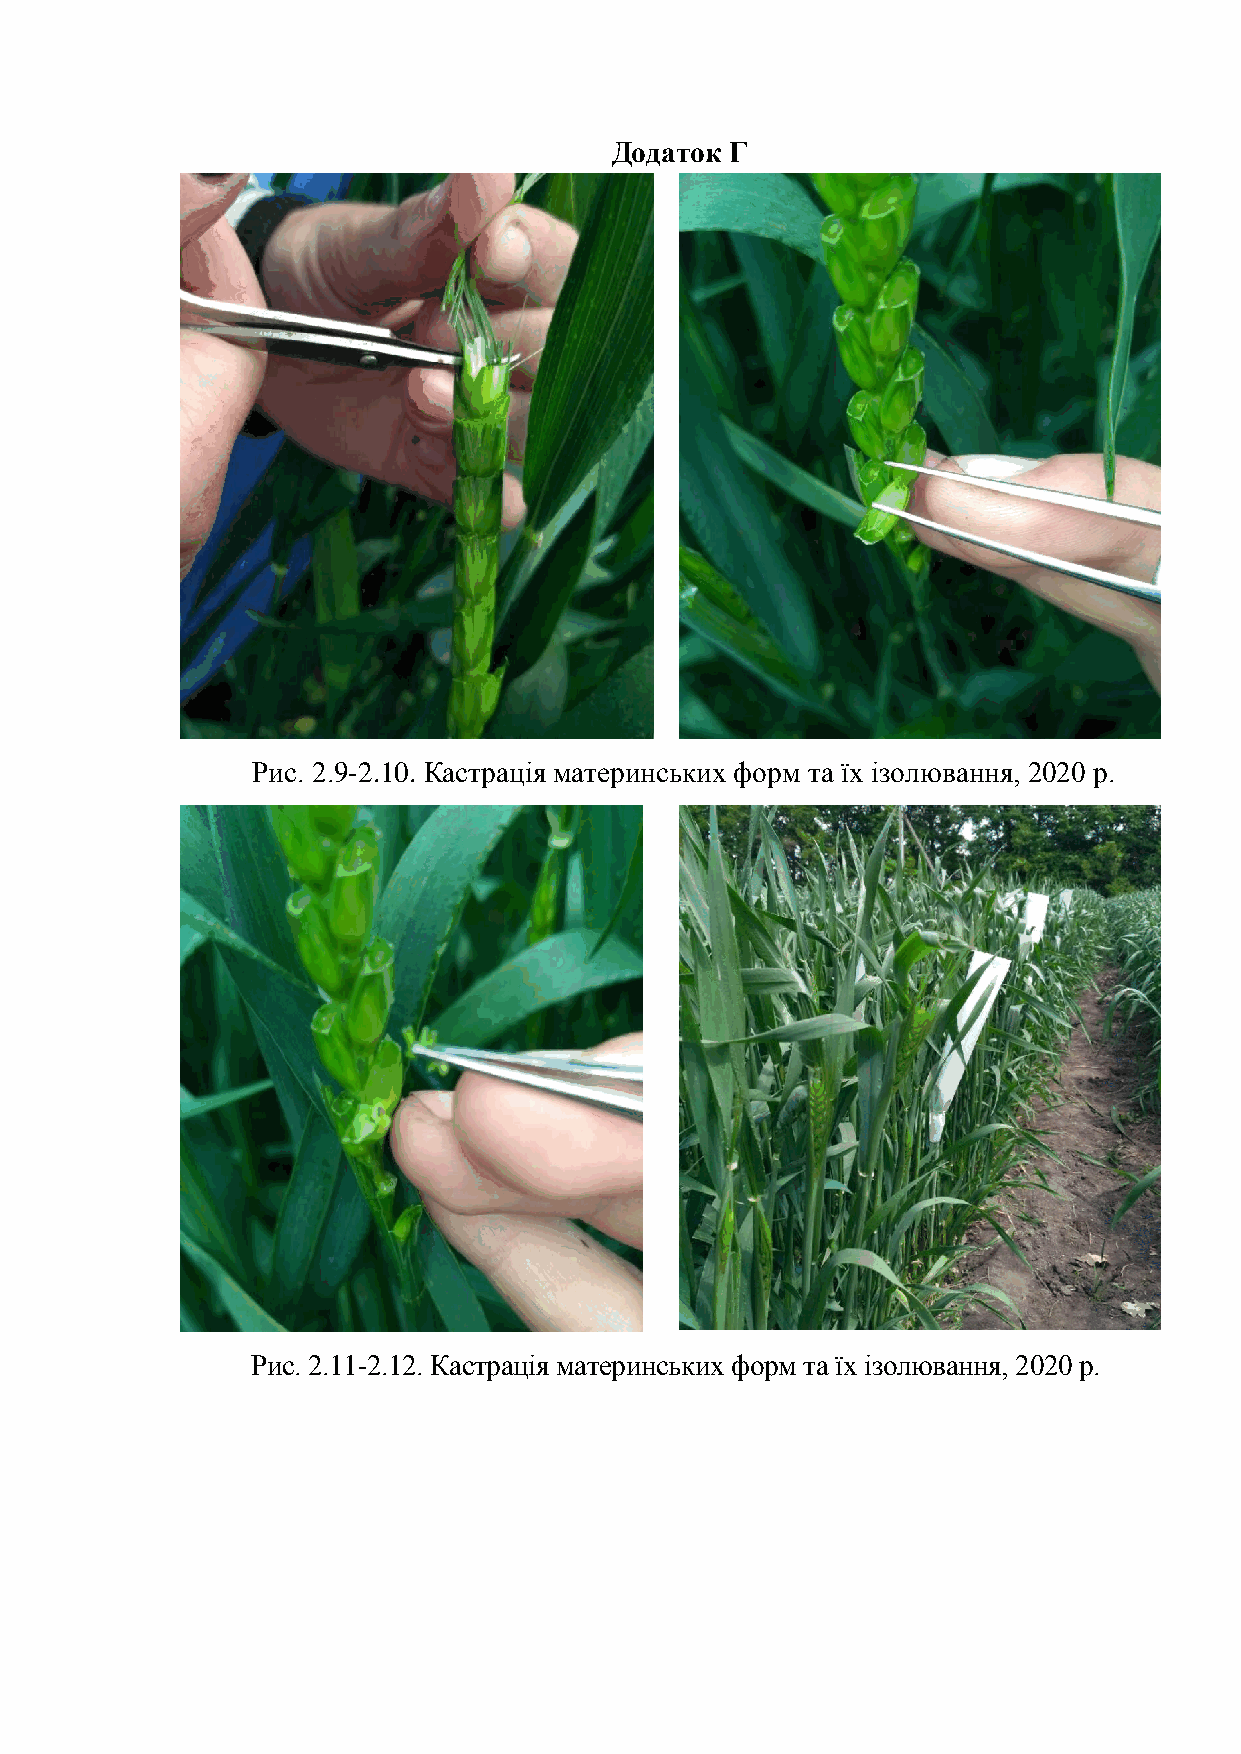
Додаток Г
 Рис. 2.9-2.10. Кастрація материнських форм та їх ізолювання, 2020 р.
 Рис. 2.11-2.12. Кастрація материнських форм та їх ізолювання, 2020 р.